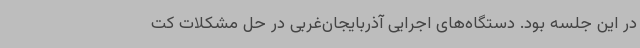
در این جلسه بود. دستگاه‌های اجرایی آذربایجان‌غربی در حل مشکلات کت